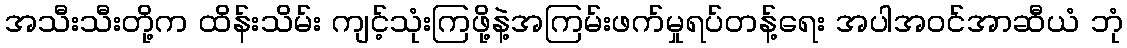
အသီးသီးတို့က ထိန်းသိမ်း ကျင့်သုံးကြဖို့နဲ့အကြမ်းဖက်မှုရပ်တန့်ရေး အပါအဝင်အာဆီယံ ဘုံ